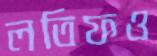
লতিফও